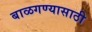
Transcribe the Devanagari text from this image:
बाळगण्यासाठी